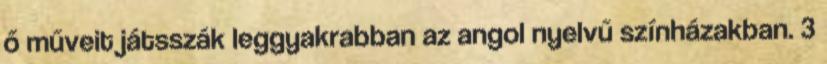
ő műveit játsszák leggyakrabban az angol nyelvű színházakban. 3